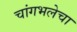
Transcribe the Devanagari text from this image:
चांगभलेचा